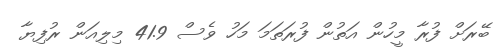
ބޭރަށް ފުރާ މީހުން އަތުން ފުރަތަމަ މަހު ވެސް 41.9 މިިލިއަން ރުފިޔާ